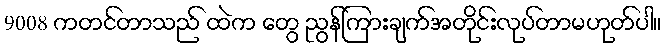
9008 ကတင်တာသည် ထဲက တွေ ညွန်ကြားချက်အတိုင်းလုပ်တာမဟုတ်ပါ။